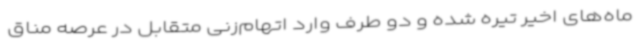
ماه‌های اخیر تیره شده و دو طرف وارد اتهام‌زنی متقابل در عرصه مناق